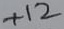
Text: +12